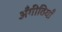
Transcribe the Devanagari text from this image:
अँगीठियाँ